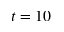
t = 1 0